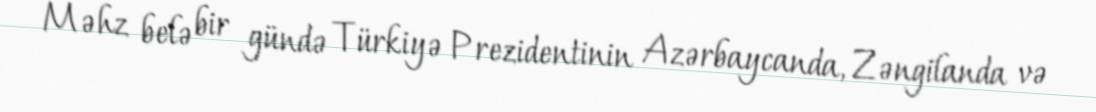
Məhz belə bir gündə Türkiyə Prezidentinin Azərbaycanda, Zəngilanda və